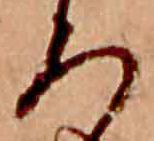
ろ